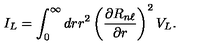
I _ { L } = \int _ { 0 } ^ { \infty } d r r ^ { 2 } \left( \frac { \partial R _ { n \ell } } { \partial r } \right) ^ { 2 } V _ { L } .